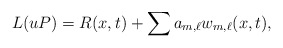
\begin{align*}L(uP)= R(x,t) + \sum a_{m,\ell} w_{m,\ell}(x,t),\end{align*}